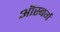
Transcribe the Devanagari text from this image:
ऑस्बर्ग